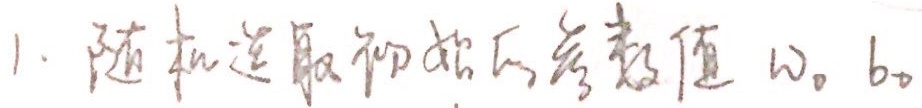
1. 随机选取初始的参数值 \(w_0, b_0\) 。